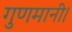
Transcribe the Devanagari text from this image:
गुणमानी।